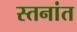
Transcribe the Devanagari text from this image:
स्तनांत